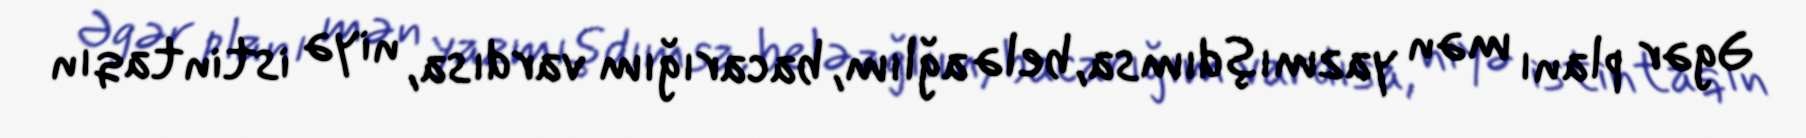
Əgər planı mən yazmışdımsa, belə ağlım, bacarığım vardısa, niyə istintaqın